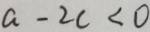
a - 2 c < 0